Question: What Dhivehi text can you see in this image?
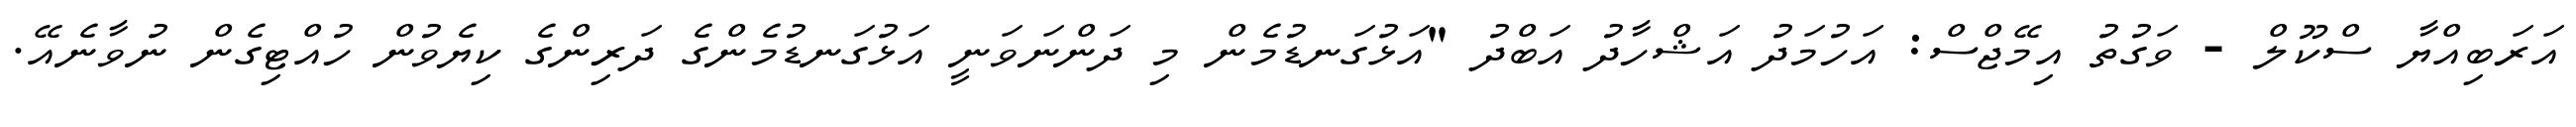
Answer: އަރަބިއްޔާ ސްކޫލް - ވަގުތު އިމޭޖްސް: އަހުމަދު އަޝްހާދު އަބްދު "އަޅުގަނޑުމެން މި ދަންނަވަނީ އަޅުގަނޑުމެންގެ ދަރިންގެ ކިޔެވުން ހުއްޓިގެން ނުވާނެއޭ.